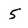
Character: 5